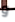
و